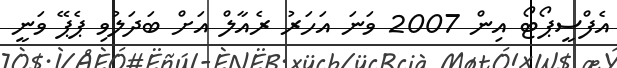
އެފްސީޕޯޓޯ އިން 2007 ވަނަ އަހަރު ރެއާލް އަށް ބަދަލުވި ޕެޕޭ ވަނީ